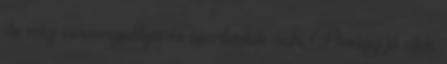
de még versenypálya és sportautók aah. Amúgy jó cikk.